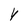
Character: Y